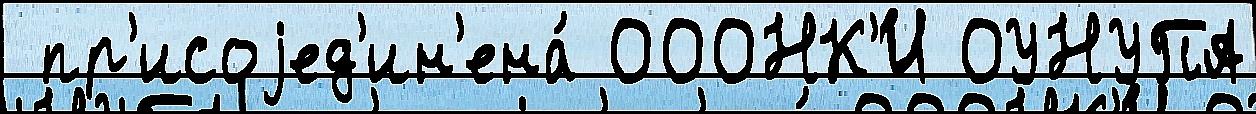
 пр'исоjед'ин'ена́ ОООНК'И ОУНУПА